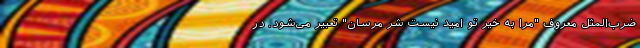
ضرب‌المثل معروف "مرا به خیر تو امید نیست شر مرسان" تعبیر می‌شود. در